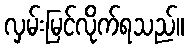
လှမ်းမြင်လိုက်ရသည်။